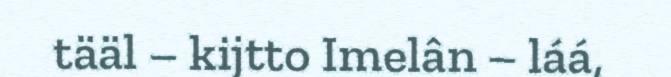
tääl – kijtto Imelân – láá,